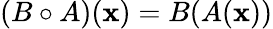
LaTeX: (B\circ A)(\mathbf{x})=B(A(\mathbf{x}))